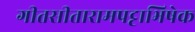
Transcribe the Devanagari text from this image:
गीतसीतारामपट्टाभिषेक